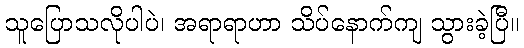
သူပြောသလိုပါပဲ၊ အရာရာဟာ သိပ်နောက်ကျ သွားခဲ့ပြီ။